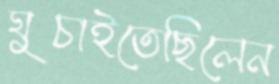
ঘুচাইতেছিলেন